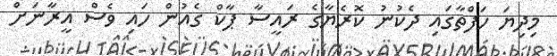
މިދިޔަ ހަފްތާގައި ދެކުނު ކޮރެޔާގެ ރައީސާ ޕާކް ގެއުން ހައި ވެސް އީރާނަށް